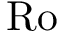
\mathrm { R o }